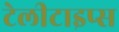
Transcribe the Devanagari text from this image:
टेलीटाइप्स